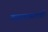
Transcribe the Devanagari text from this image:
गजर्‍यासारखी